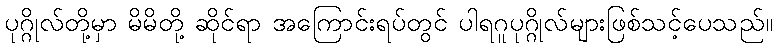
ပုဂ္ဂိုလ်တို့မှာ မိမိတို့ ဆိုင်ရာ အကြောင်းရပ်တွင် ပါရဂူပုဂ္ဂိုလ်များဖြစ်သင့်ပေသည်။